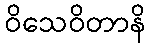
ဝိသေဝိတာနိ